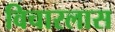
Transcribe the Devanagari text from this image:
विचारलास